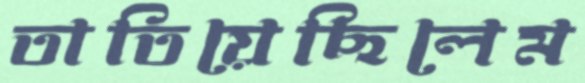
তাতিয়েছিলেম